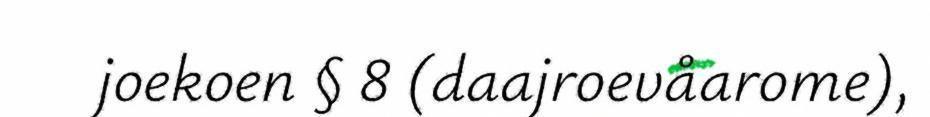
joekoen § 8 (daajroevåarome),